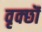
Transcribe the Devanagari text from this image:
वृक्छॊं